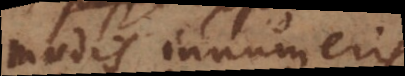
modis innumeris